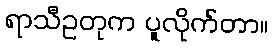
ရာသီဥတုက ပူလိုက်တာ။